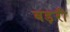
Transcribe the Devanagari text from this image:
बड़री